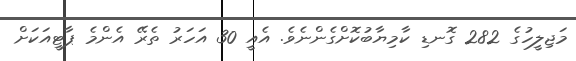
މަޖިލީހުގެ 282 ގޮނޑި ކާމިޔާބުކޮށްގެންނެވެ. އެއީ 30 އަހަރު ތެރޭ އެންމެ ޕާޓީއަކަށް